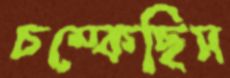
চম্‌কেছিস